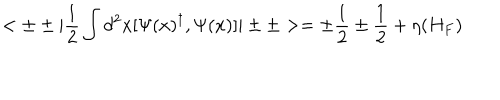
< \pm \pm | { \frac { 1 } { 2 } } \int d ^ { 2 } x [ \Psi ( x ) ^ { \dagger } , \Psi ( x ) ] | \pm \pm > = \pm { \frac { 1 } { 2 } } \pm { \frac { 1 } { 2 } } + \eta ( H _ { F } )